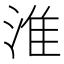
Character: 淮